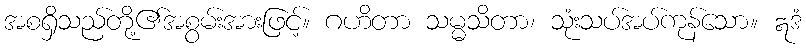
အစရှိသည်တို့၏အစွမ်းအားဖြင့်။ ဂဟိတာ သမ္မသိတာ၊ သုံးသပ်အပ်ကုန်သော။ ဣဒံ